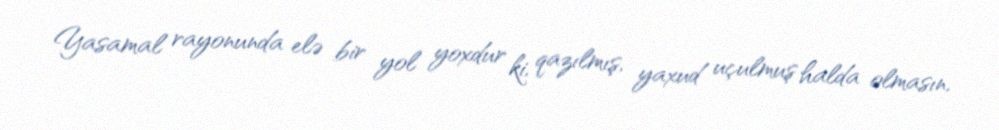
Yasamal rayonunda elə bir yol yoxdur ki, qazılmış, yaxud uçulmuş halda olmasın,